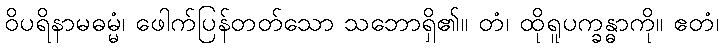
ဝိပရိနာမဓမ္မံ၊ ဖေါက်ပြန်တတ်သော သဘောရှိ၏။ တံ၊ ထိုရူပက္ခန္ဓာကို။ ဧတံ၊